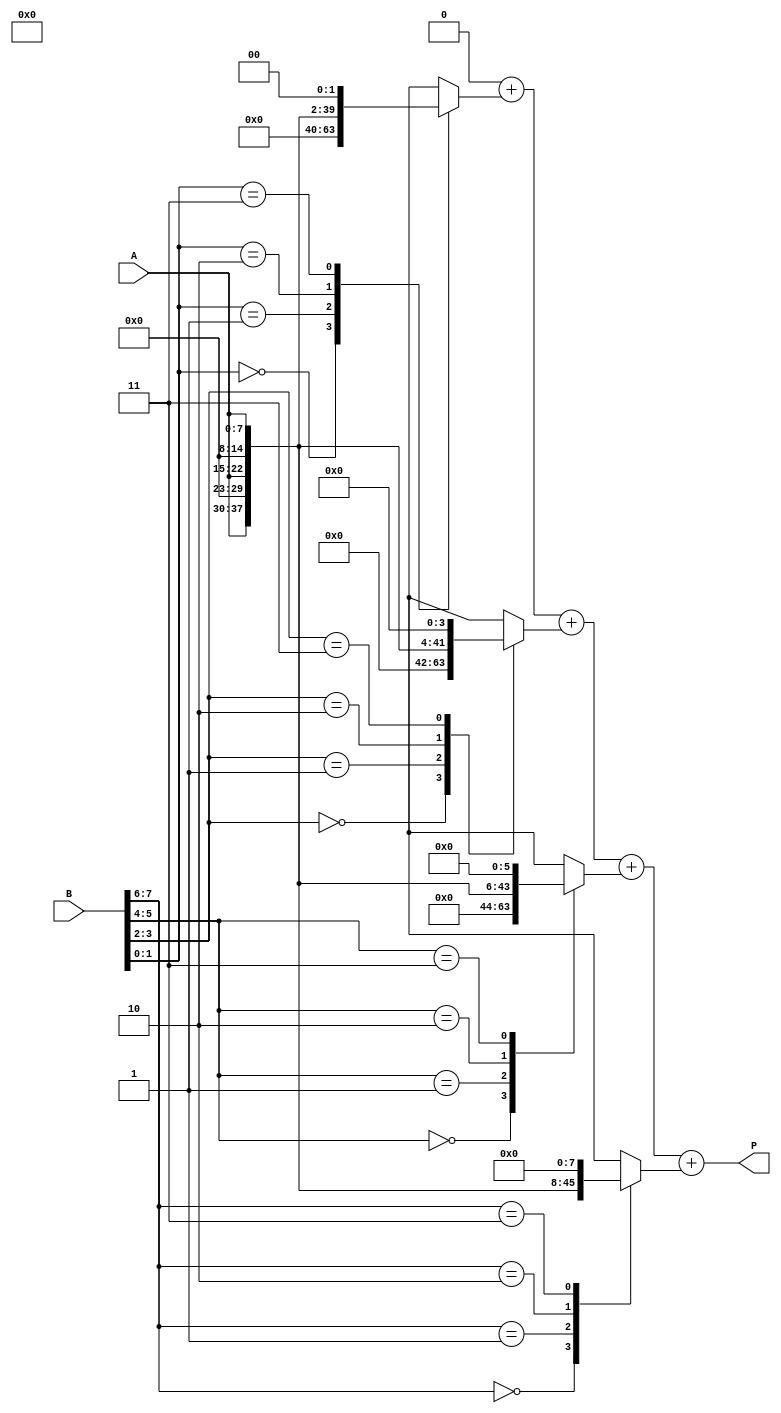
module radix4_multiplier #(parameter n = 8) (
    input  [n-1:0] A, // Multiplicand
    input  [n-1:0] B, // Multiplier
    output reg [2*n-1:0] P // Product
);

    // Internal signals for partial products
    reg [2*n-1:0] pp[0:n/2-1]; // Partial products array
    integer i;

    // Generate partial products based on the 2-bit segments of B
    always @(*) begin
        // Initialize partial products to zero
        for (i = 0; i < n/2; i = i + 1) begin
            pp[i] = 0;
        end
        
        // Generate partial products based on the 2-bit segments of B
        for (i = 0; i < n/2; i = i + 1) begin
            case (B[2*i +: 2]) // Select 2 bits from B
                2'b00: pp[i] = 0; // No contribution
                2'b01: pp[i] = A << (2*i); // A shifted left by 0
                2'b10: pp[i] = A << (2*i + 1); // A shifted left by 1
                2'b11: pp[i] = A << (2*i + 2); // A shifted left by 2
                default: pp[i] = 0; // Default case
            endcase
        end
    end

    // Adder tree to sum the partial products
    always @(*) begin
        P = 0; // Initialize product to zero
        for (i = 0; i < n/2; i = i + 1) begin
            P = P + pp[i]; // Sum all partial products
        end
    end

endmodule